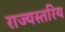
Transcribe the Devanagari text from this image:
राज्यस्तरिय